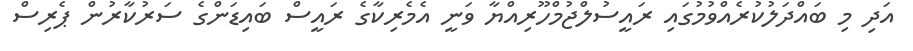
އަދި މި ބައްދަލުކުރެއްވުމުގައި ރައީސުލްޖުމްހޫރިއްޔާ ވަނީ އެމެރިކާގެ ރައީސް ބައިޑަންގެ ސަރުކާރުން ޕެރިސް